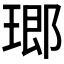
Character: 𤧨